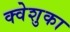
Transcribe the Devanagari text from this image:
क्वेशुका